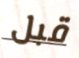
قبل